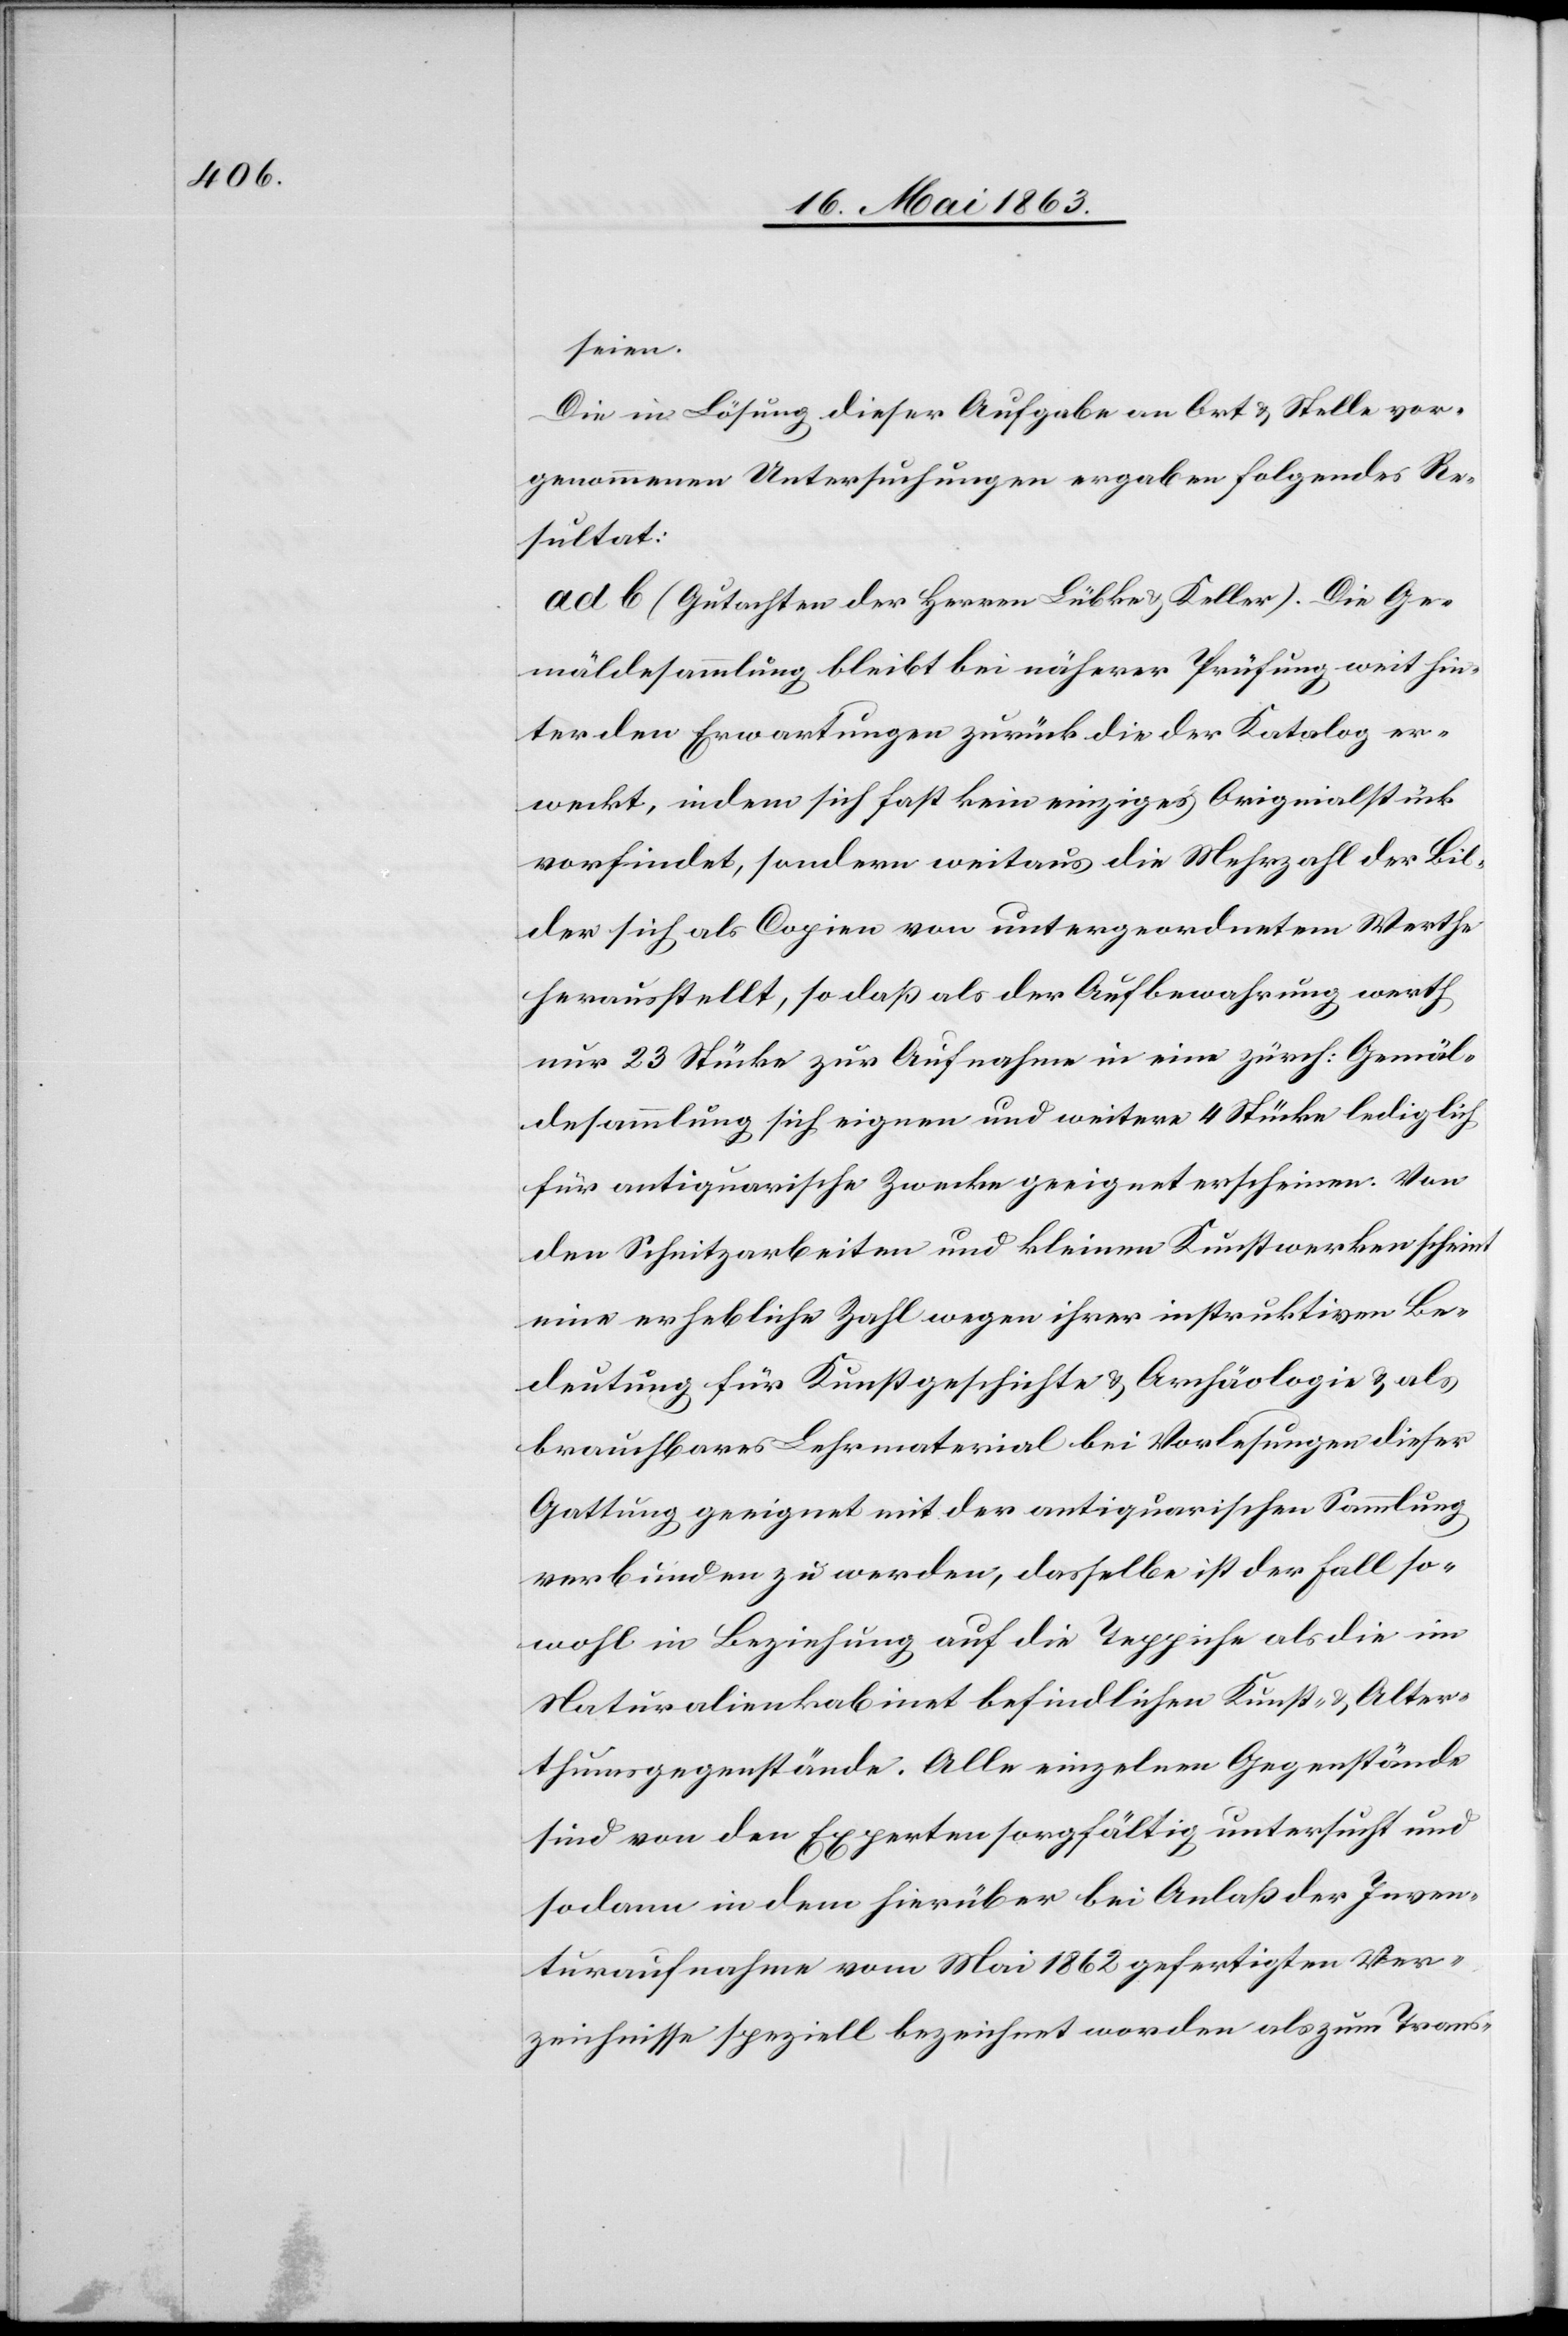
seien.
Die in Lösung dieser Aufgabe an Ort & Stelle vor¬
genommenen Untersuchungen ergaben folgendes Re¬
sultat:
ad b (Gutachten der Herren Lübke & Keller). Die Ge¬
mäldesammlung bleibt bei näherer Prüfung weit hin¬
ter den Erwartungen zurück die der Katalog er¬
weckt, indem sich fast kein einziges Originalstück
vorfindet, sondern weitaus die Mehrzahl der Bil¬
der sich als Copien von untergeordnetem Werthe
herausstellt, so daß als der Aufbewahrung werth
nur 23 Stücke zur Aufnahme in eine zürch: Gemäl¬
desammlung sich eignen und weitere 4 Stücke lediglich
für antiquarische Zwecke geeignet erscheinen. Von
den Schnitzarbeiten und kleinen Kunstwerken scheint
eine erhebliche Zahl wegen ihrer instruktiven Be¬
deutung für Kunstgeschichte & Archäologie & als
brauchbares Lehrmaterial bei Vorlesungen dieser
Gattung geeignet mit der antiquarischen Sammlung
verbunden zu werden, dasselbe ist der Fall so¬
wohl in Beziehung auf die Teppiche als die im
Naturalienkabinet befindlichen Kunst- & Alter¬
thumsgegenstände. Alle einzelnen Gegenstände
sind von den Experten sorgfältig untersucht und
sodann in dem hierüber bei Anlaß der Inven¬
taraufnahme vom Mai 1862 gefertigten Ver¬
zeichnisse speziell bezeichnet worden als zum Trans-